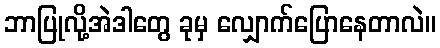
ဘာပြုလို့အဲဒါတွေ ခုမှ လျှောက်ပြောနေတာလဲ။